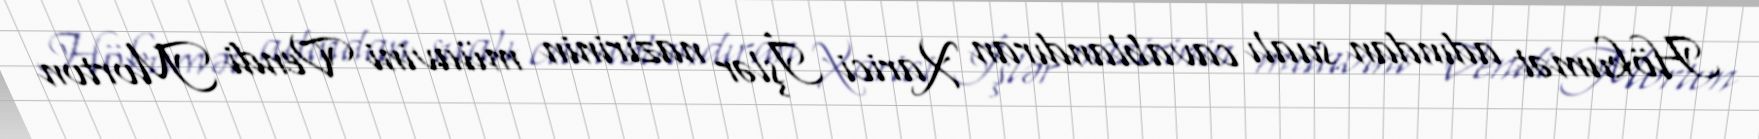
Hökumət adından sualı cavablandıran Xarici İşlər nazirinin müavini Vendi Morton